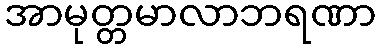
အာမုတ္တမာလာဘရဏာ